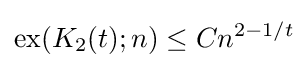
{\text{ex}}(K_{2}(t);n)\leq Cn^{2-1/t}